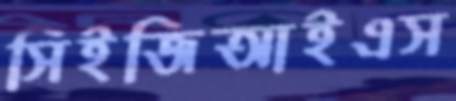
সিইজিআইএস